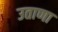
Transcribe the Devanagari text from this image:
उताणा